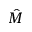
\hat { M }